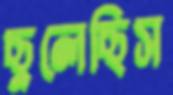
ছুলেছিস